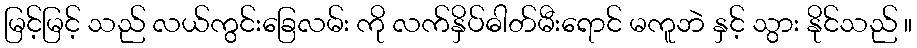
မြင့်မြင့် သည် လယ်ကွင်းခြေလမ်း ကို လက်နှိပ်ဓါတ်မီးရောင် မကူဘဲ နှင့် သွား နိုင်သည် ။